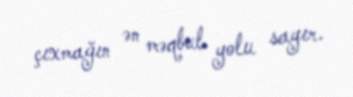
çıxmağın ən məqbul yolu sayır.